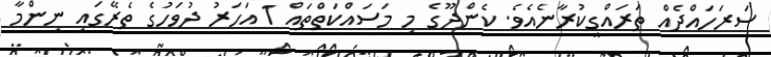
ސަރަހައްދެއް ތަރައްގީކުރާނެއެވެ. ކެންދޫގެ މި މަސައްކަތްތައް 1 އަހަރު ދުވަހުގެ ތެރޭގައި ނިންމާ